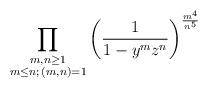
LaTeX: \begin{align*} \prod_{\substack{m,n \geq 1 \\ m \leq n ; \, (m,n)=1}} \left( \frac{1}{1- y^m z^n} \right)^{\frac{m^4 }{n^5}}\end{align*}